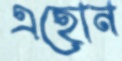
এহোন